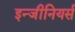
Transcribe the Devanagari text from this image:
इन्जीनियर्स